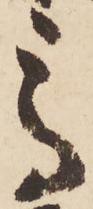
高